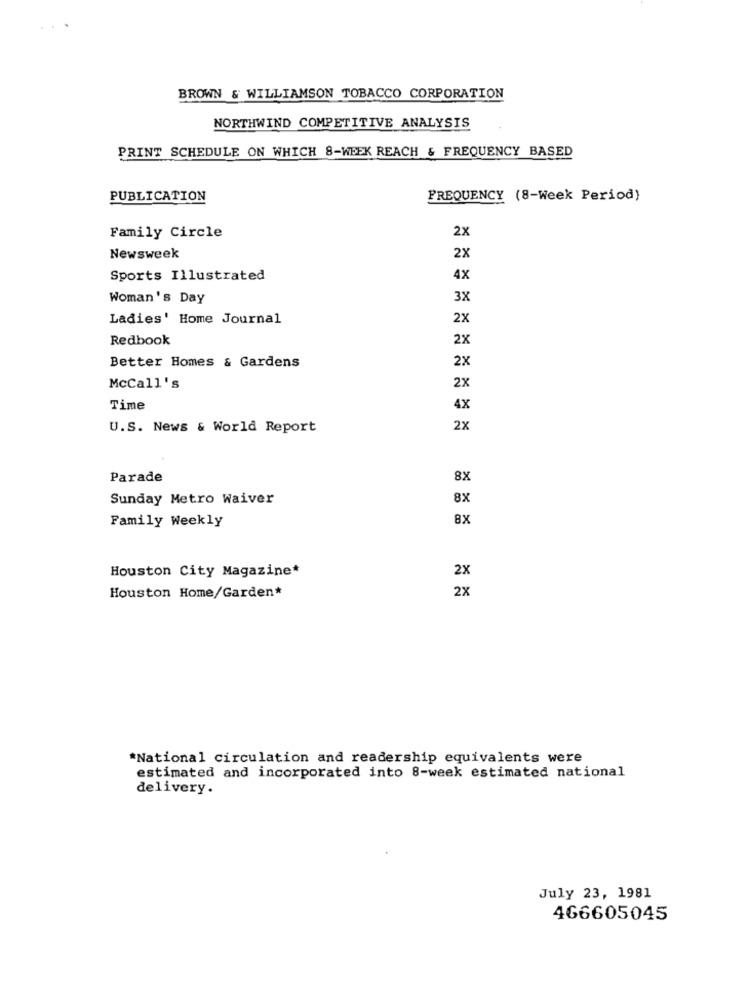
BROWN & WILLIAMSON TOBACCO CORPORATION
NORTHWIND COMPETITIVE ANALYSIS
PRINT SCHEDULE ON WHICH 8-WEEK REACH & FREQUENCY BASED
PUBLICATION
FREQUENCY (8-Week Period)
2x
Family Circle
Newsweek
2X
Sports Illustrated
4x
Woman's Day
3X
Ladies' Home Journal
2x
Redbook
2X
Better Homes & Gardens
2X
McCall's
2x
Time
4X
U.S. News & World Report
2x
Parade
8X
Sunday Metro Waiver
8X
Family Weekly
8X
Houston City Magazine*
2X
2x
Houston Home/Garden*
*National circulation and readership equivalents were
estimated and incorporated into 8-week estimated national
delivery.
July 23, 1981
466605045